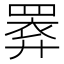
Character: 𢍧